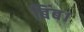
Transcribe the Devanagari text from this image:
बिंब।